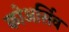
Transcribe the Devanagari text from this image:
कोअर्सिव